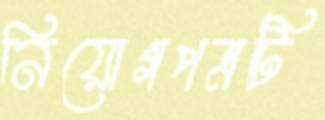
নিয়োগপত্রটি